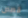
قصص